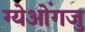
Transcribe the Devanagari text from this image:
ग्येओंगजु